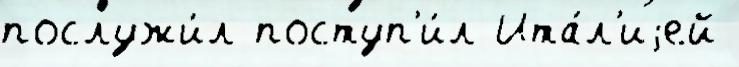
послужи́л поступ'и́л Ита́л'иjей